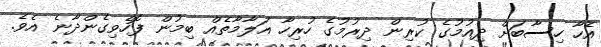
އެހާ ހިސާބަށް ދިއުމުގެ ކުރިން ދިރުމުގެ ހުރިހާ އަލާމާތެއް ބިމުން ފޮހެވިގެންދާނެ އެވެ.